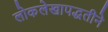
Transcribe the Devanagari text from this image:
लोकलेखापद्धतीने